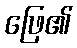
ဖြေ၏